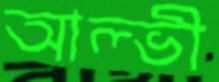
আল্ভী